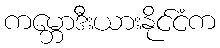
ကမ္ဘောဒီးယားနိုင်ငံက